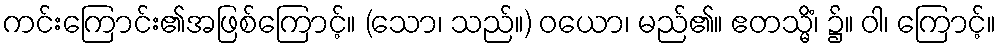
ကင်းကြောင်း၏အဖြစ်ကြောင့်။ (သော၊ သည်။) ဝယော၊ မည်၏။ ဧတသ္မိံ၊ ၌။ ဝါ၊ ကြောင့်။